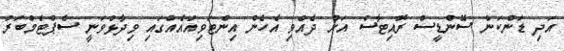
އަދި ޑަންކަން ސޭންޑީސް ރޮއިޓާސް އަށް ދެއްވި އެހެން އިންޓަވިއުއެއްގައި ވިދާޅުވަނީ ސެޕްޓެމްބަރު